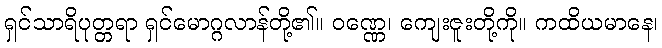
ရှင်သာရိပုတ္တရာ ရှင်မောဂ္ဂလာန်တို့၏။ ဝဏ္ဏေ၊ ကျေးဇူးတို့ကို။ ကထိယမာနေ၊